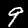
Digit: 9